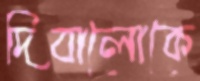
দিবালোকে